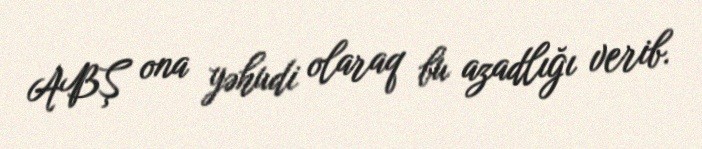
ABŞ ona yəhudi olaraq bu azadlığı verib.